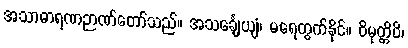
အသာဓာရဏဉာဏ်တော်သည်။ အသင်္ချေယျံ၊ မရေတွက်နိုင်။ ဝိမုတ္တိပိ၊